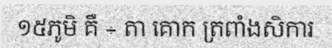
១៥ភូមិ គឺ ÷ តា គោក ត្រពាំងសិការ